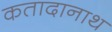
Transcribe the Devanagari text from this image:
कतादानाथ